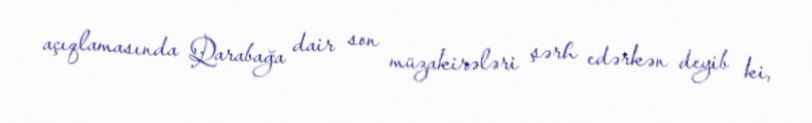
açıqlamasında Qarabağa dair son müzakirələri şərh edərkən deyib ki,